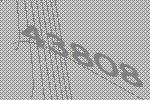
43808